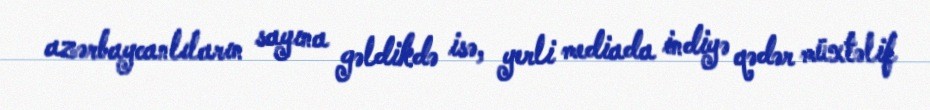
azərbaycanlıların sayına gəldikdə isə, yerli mediada indiyə qədər müxtəlif